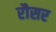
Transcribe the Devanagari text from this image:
रौसर